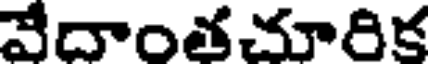
వేదాంతచూరిక